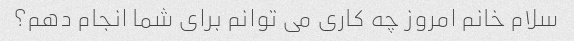
سلام خانم امروز چه کاری می توانم برای شما انجام دهم؟